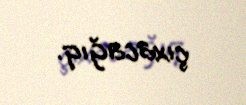
çıxacağıq.